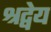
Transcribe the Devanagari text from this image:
श्रद्वेय